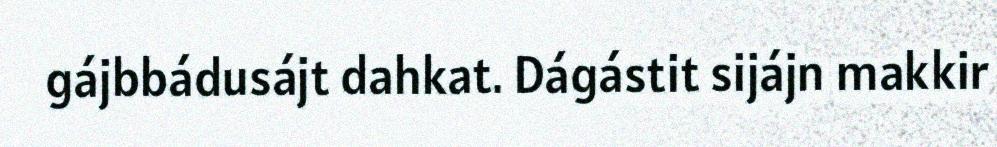
gájbbádusájt dahkat. Dágástit sijájn makkir